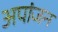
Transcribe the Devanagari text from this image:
अपांजन